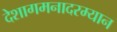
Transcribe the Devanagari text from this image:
देशागमनादरम्यान